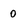
Character: 0